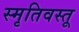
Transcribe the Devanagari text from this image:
स्मृतिवस्तू